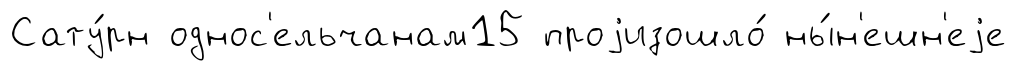
Сату́рн однос'ельчанам15 проjизошло́ ны́н'ешн'еjе